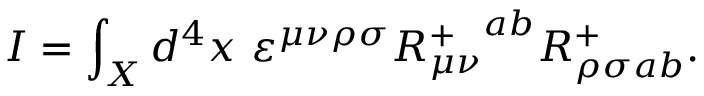
I = \int _ { X } d ^ { 4 } x \ \varepsilon ^ { \mu \nu \rho \sigma } { R _ { \mu \nu } ^ { + } } ^ { a b } R _ { \rho \sigma a b } ^ { + } .